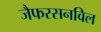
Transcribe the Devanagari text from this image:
जैफरसनविल